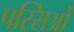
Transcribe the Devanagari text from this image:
पस्सिओं